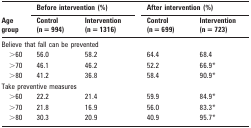
<table><thead><tr><td rowspan="2"><b>Age group</b></td><td colspan="2"><b>Before intervention (%)</b></td><td colspan="2"><b>After intervention (%)</b></td></tr><tr><td><b>Control (n = 994)</b></td><td><b>Intervention (n = 1316)</b></td><td><b>Control (n = 699)</b></td><td><b>Intervention (n = 723)</b></td></tr></thead><tbody><tr><td colspan="5">Believe that fall can be prevented</td></tr><tr><td>&gt;60</td><td>56.0</td><td>58.2</td><td>64.4</td><td>68.4</td></tr><tr><td>&gt;70</td><td>46.1</td><td>46.2</td><td>52.2</td><td>66.9*</td></tr><tr><td>&gt;80</td><td>41.2</td><td>36.8</td><td>58.4</td><td>90.9*</td></tr><tr><td colspan="5">Take preventive measures</td></tr><tr><td>&gt;60</td><td>22.2</td><td>21.4</td><td>59.9</td><td>84.9*</td></tr><tr><td>&gt;70</td><td>21.8</td><td>16.9</td><td>56.0</td><td>83.3*</td></tr><tr><td>&gt;80</td><td>30.3</td><td>20.9</td><td>40.9</td><td>95.7*</td></tr></tbody></table>